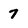
Character: 7